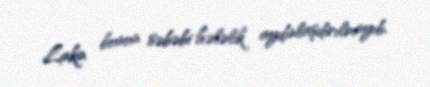
Lakin bunun səbəbi hələlik aydınlaşdırılmayıb.